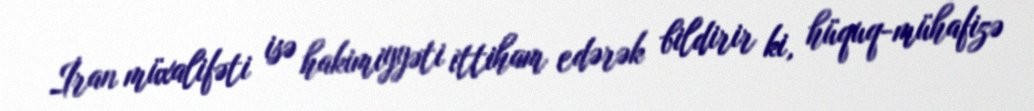
İran müxalifəti isə hakimiyyəti ittiham edərək bildirir ki, hüquq-mühafizə